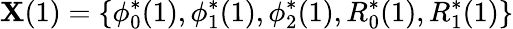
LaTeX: \mathbf{X}(1)=\{ \phi_{0}^{*}(1),\phi_{1}^{*}(1),\phi_{2}^{*}(1),R_{0}^{*}(1),R_{1}^{*}(1)\}